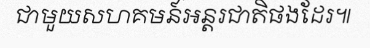
ជាមួយសហគមន៍អន្តរជាតិផងដែរ៕